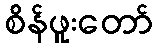
စိန်ဖူးတော်